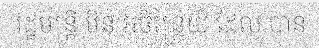
រដ្ឋមន្ត្រី មិន អចិន្ត្រៃយ៍ ដែល បាន